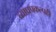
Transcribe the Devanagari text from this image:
व्याघ्रप्रकल्पही